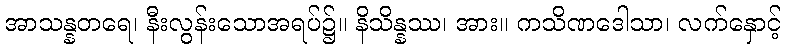
အာသန္နတရေ၊ နီးလွန်းသောအရပ်၌။ နိသိန္နဿ၊ အား။ ကသိဏဒေါသာ၊ လက်နှောင့်